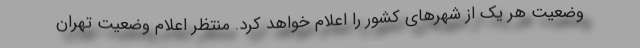
وضعیت هر یک از شهرهای کشور را اعلام خواهد کرد. منتظر اعلام وضعیت تهران